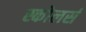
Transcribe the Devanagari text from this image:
स्कोलर्स